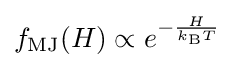
f_{\text{MJ}}(H)\propto e^{-{\frac {H}{k_{\text{B}}T}}}